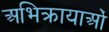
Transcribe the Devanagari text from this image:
अभिक्रायाओं